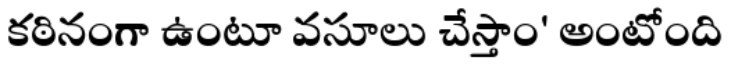
కఠినంగా ఉంటూ వసూలు చేస్తాం' అంటోంది